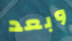
وبعد